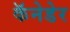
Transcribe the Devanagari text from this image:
कॅनेडेर